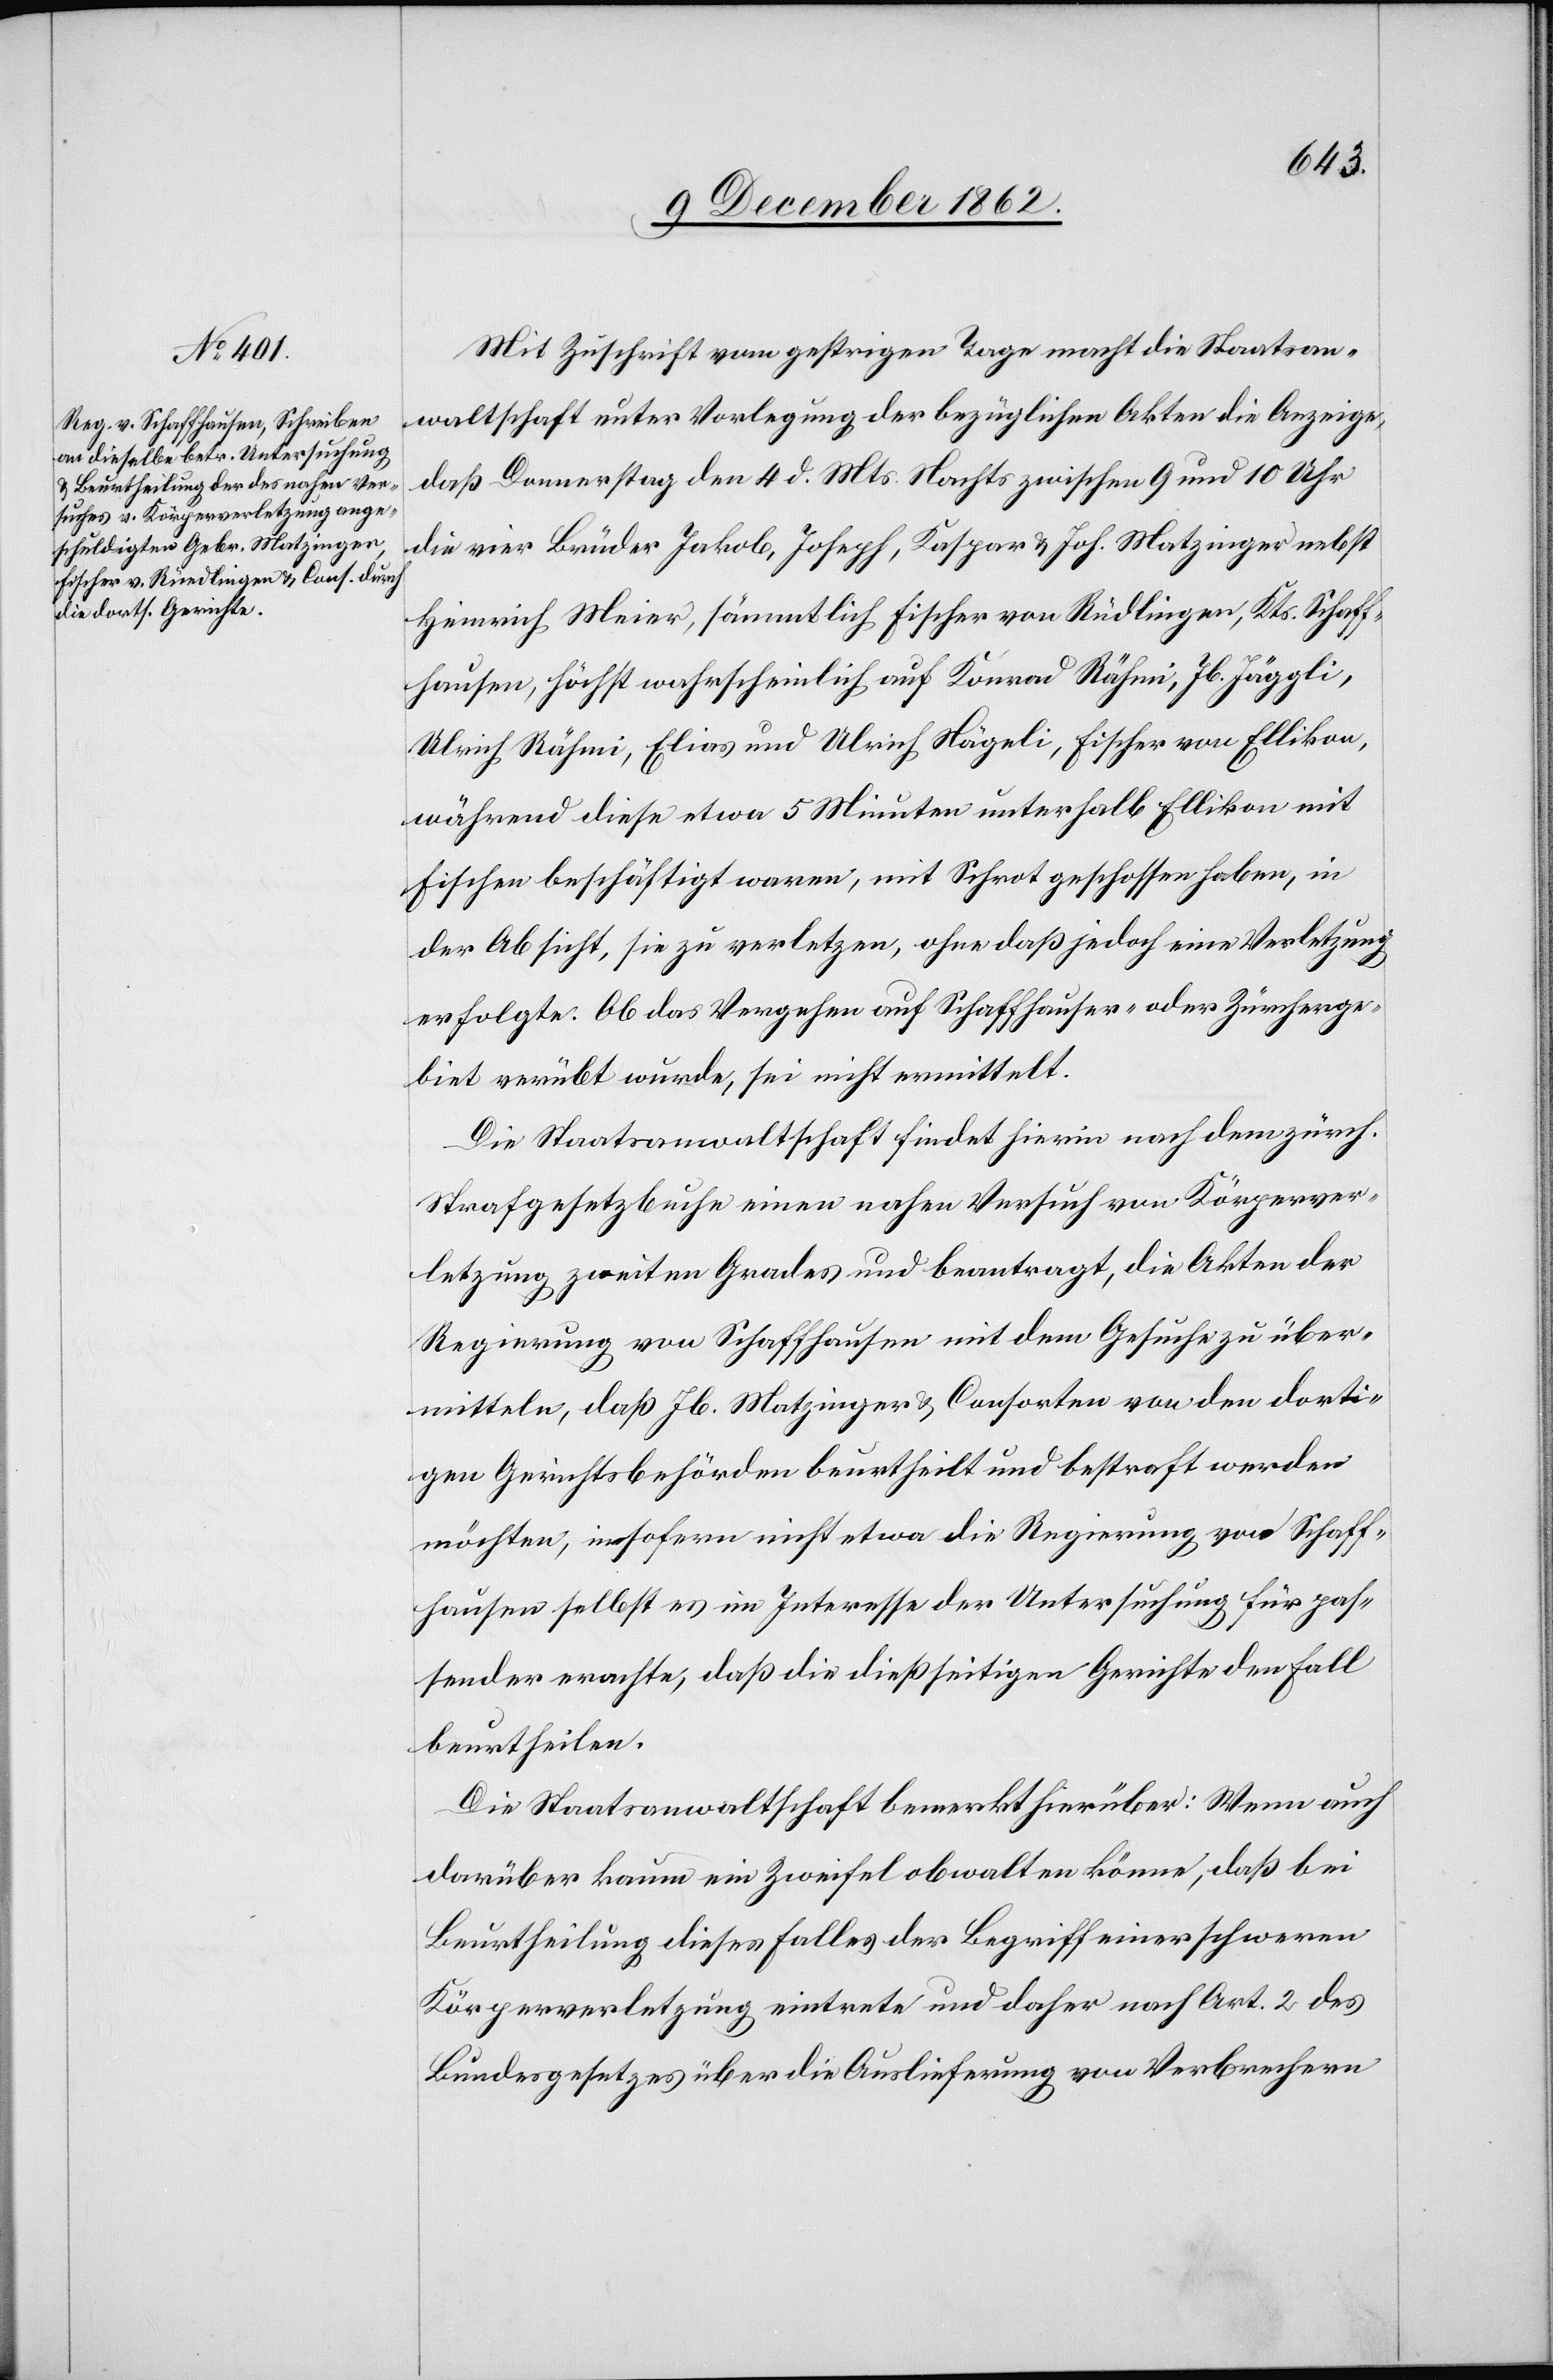
Mit Zuschrift vom gestrigen Tage macht die Staatsan¬
waltschaft unter Vorlegung der bezüglichen Akten die Anzeige,
daß Donnerstag den 4. d. Mts. Nachts zwischen 9 und 10 Uhr
die vier Brüder Jakob, Joseph, Kaspar u. Joh. Matzinger nebst
Heinrich Meier, sämmtlich Fischer von Rüdlingen [sic!], Kts. Schaff¬
hausen, höchst wahrscheinlich auf Konrad Rämi, Jb. Jäggli,
Ulrich Rähmi, Elias und Urich Nägeli, Fischer von Ellikon,
während diese etwa 5 Minuten unterhalb Ellikon mit
Fischen beschäftigt waren, mit Schrot geschossen haben, in
der Absicht, sie zu verletzen, ohne daß jedoch eine Verletzung
erfolgte. Ob das Vergehen auf Schaffhauser- oder Zürcherge¬
biet verübt wurde, sei nicht ermittelt.
Die Staatsanwaltschaft findet hierin nach dem zürch.
Strafgesetzbuche einen nahen Versuch von Körperver¬
letzung zweiten Grades und beantragt, die Akten der
Regierung von Schaffhausen mit dem Gesuche zu über¬
mitteln, daß Jb. Matzinger u. Consorten von den dorti¬
gen Gerichtsbehörden beurtheilt und bestraft werden
möchten, insofern nicht etwa die Regierung von Schaff¬
hausen selbst es im Interesse der Untersuchung für pas¬
sender erachte, daß die dießseitgen Gerichte den Fall
beurtheilen.
Die Staatsanwaltschaft bemerkt hierüber: Wenn auch
darüber kaum ein Zweifel obwalten könne, daß bei
Beurtheilung dieses Falles der Begriff einer schweren
Körperverletzung eintrete und daher nach Art. 2 des
Bundesgesetzes über die Auslieferung von Verbrechern